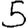
Digit: 5